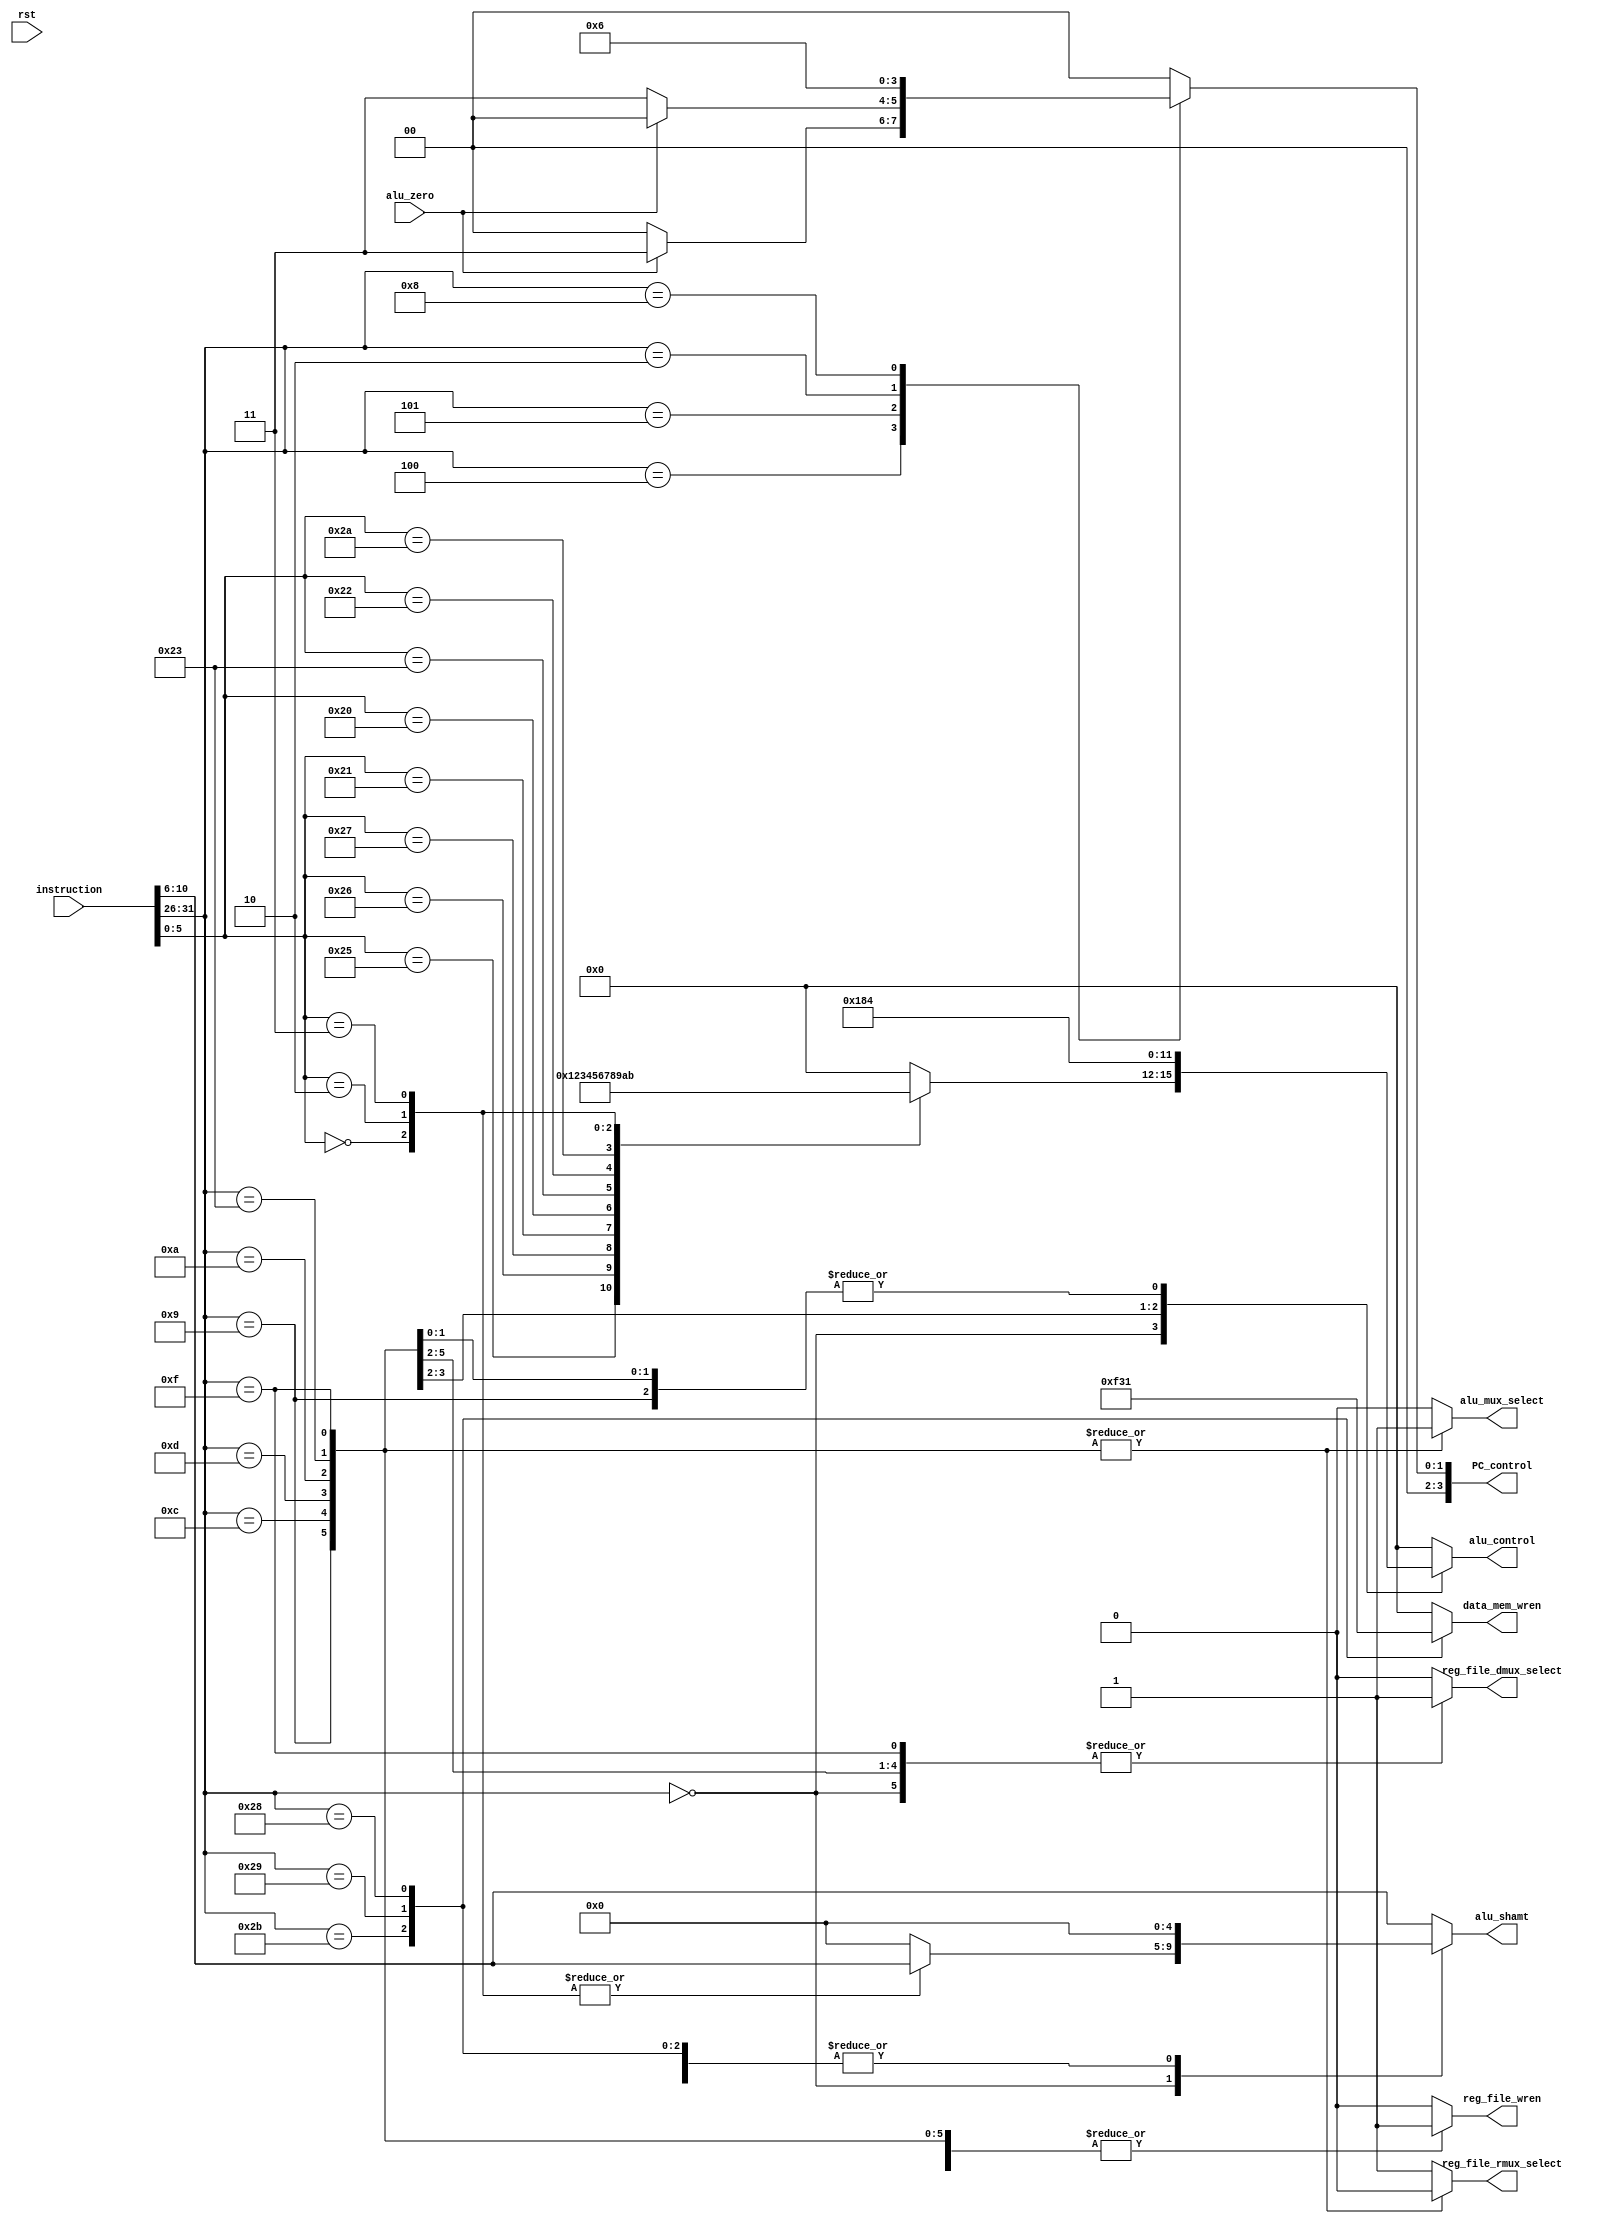
//////////////////////////////////////////////////////////////////////////////////////
//                                  Module Description                              //
// Module Name: Control Unit                                                        //
// The Control Unit takes the 32-bit instruction and generates the appropriate      //
// signal values to control the flow of data throughout the datapath.               //
//////////////////////////////////////////////////////////////////////////////////////
module ControlUnit (
  //-------------------------------Input Ports--------------------------------------//
  input    wire   [31:0]    instruction,
  input    wire             alu_zero,
  input    wire             rst,
  //-------------------------------Output Ports-------------------------------------//
  output   reg    [3:0]     PC_control,
  output   reg              reg_file_rmux_select,
  output   reg              reg_file_wren,
  output   reg              alu_mux_select,
  output   reg    [4:0]     alu_shamt,
  output   reg    [3:0]     alu_control,
  output   reg    [3:0]     data_mem_wren,
  output   reg              reg_file_dmux_select
  );
  
// Internal Connections
wire   [5:0]     Op_Code;
wire   [5:0]     Function;

// Constant Parameters 
localparam R_Type_Instructions = 6'b000000;
// Arithmetic
localparam ADD                          = 6'b100000;
localparam ADD_UNSIGNED                 = 6'b100001;
localparam SUBTRACT                     = 6'b100010;
localparam SUBTRACT_UNSIGNED            = 6'b100011;
localparam ADD_IMMEDIATE                = 6'b001000;
localparam ADD_IMMEDIATE_UNSIGNED       = 6'b001001;

// Logical
localparam AND                          = 6'b100100;
localparam AND_IMMEDIATE                = 6'b001100;
localparam OR                           = 6'b100101;
localparam OR_IMMEDIATE                 = 6'b001101;
localparam XOR                          = 6'b100110;
localparam NOR                          = 6'b100111;
localparam SET_ON_LESS_THAN             = 6'b101010;
localparam SET_ON_LESS_THAN_IMMEDIATE   = 6'b001010;

// Shift
localparam SHIFT_LEFT_LOGICAL           = 6'b000000;
localparam SHIFT_RIGHT_LOGICAL          = 6'b000010;
localparam SHIFT_RIGHT_ARITHMETIC       = 6'b000011;

// Conditional Branch
localparam BRANCH_ON_EQUAL              = 6'b000100;
localparam BRANCH_ON_NOT_EQUAL          = 6'b000101;

// Unconditional Jumps
localparam JUMP                         = 6'b000010;
localparam JUMP_REGISTER                = 6'b001000;

// Data Transfer
localparam LOAD_WORD                    = 6'b100011;
localparam LOAD_UPPER_IMMEDIATE         = 6'b001111;
localparam STORE_WORD                   = 6'b101011;
localparam STORE_HALF_WORD              = 6'b101001;
localparam STORE_BYTE                   = 6'b101000;

assign Op_Code   = instruction[31:26];
assign Function  = instruction[5:0];

// Combinational Logic
always @(*)
  begin
    reg_file_rmux_select = 1'b1;
    alu_mux_select       = 1'b0;
    alu_control          = 4'b0;
    alu_shamt            = 4'b0;
    data_mem_wren        = 4'b0;
    reg_file_dmux_select = 1'b0;
    reg_file_wren        = 1'b0;
    PC_control           = 4'b0;
    case (Op_Code)
     // R-type instructions ----------------------------------------------------------------------
     R_Type_Instructions : begin
                              reg_file_rmux_select = 1'b1;
                              reg_file_dmux_select = 1'b1;
                              reg_file_wren        = 1'b1;
                              case (Function)
                                (AND)                    : alu_control = 4'b0000;
                                (OR)                     : alu_control = 4'b0001;
                                (XOR)                    : alu_control = 4'b0010;
                                (NOR)                    : alu_control = 4'b0011;
                                (ADD_UNSIGNED)           : alu_control = 4'b0100;
                                (ADD)                    : alu_control = 4'b0101;
                                (SUBTRACT_UNSIGNED)      : alu_control = 4'b0110;
                                (SUBTRACT)               : alu_control = 4'b0111;
                                (SET_ON_LESS_THAN)       : alu_control = 4'b1000;
                                (SHIFT_LEFT_LOGICAL)     : begin
                                                            alu_control = 4'b1001;
                                                            alu_shamt   = instruction[10:6];
                                                           end
                                (SHIFT_RIGHT_LOGICAL)    : begin
                                                            alu_control = 4'b1010;
                                                            alu_shamt   = instruction[10:6];
                                                           end
                                (SHIFT_RIGHT_ARITHMETIC) : begin
                                                            alu_control = 4'b1011;
                                                            alu_shamt   = instruction[10:6];
                                                           end
                                default                  : alu_control = 4'b0000;
                              endcase 
                            end
     // J-type instructions ----------------------------------------------------------------------                 
     BRANCH_ON_EQUAL                                : begin
                                                        if (alu_zero)
                                                            PC_control  = 4'b0011;
                                                        else
                                                            PC_control  = 4'b0000;
                                                      end
     BRANCH_ON_NOT_EQUAL                            : begin
                                                        if (~alu_zero)
                                                            PC_control  = 4'b0011;
                                                        else
                                                            PC_control  = 4'b0000;
                                                      end                                             
     JUMP                                           : begin
                                                        PC_control  = 4'b0001;
                                                      end
     JUMP_REGISTER                                  : begin
                                                        PC_control  = 4'b0010;
                                                      end
     // I-type instructions ----------------------------------------------------------------------
     ADD_IMMEDIATE                                  : begin
                                                        alu_control          = 4'b0101;
                                                        reg_file_rmux_select = 1'b0;
                                                        alu_mux_select       = 1'b1;
                                                        reg_file_dmux_select = 1'b1;
                                                        reg_file_wren        = 1'b1;
                                                      end
     ADD_IMMEDIATE_UNSIGNED                         : begin
                                                        alu_control          = 4'b0100;
                                                        reg_file_rmux_select = 1'b0;
                                                        alu_mux_select       = 1'b1;
                                                        reg_file_dmux_select = 1'b1;
                                                        reg_file_wren        = 1'b1;
                                                      end
     AND_IMMEDIATE                                  : begin
                                                        alu_control          = 4'b0000;
                                                        reg_file_rmux_select = 1'b0;
                                                        alu_mux_select       = 1'b1;
                                                        reg_file_dmux_select = 1'b1;
                                                        reg_file_wren        = 1'b1;
                                                      end
     OR_IMMEDIATE                                   : begin
                                                        alu_control          = 4'b0001;
                                                        reg_file_rmux_select = 1'b0;
                                                        alu_mux_select       = 1'b1;
                                                        reg_file_dmux_select = 1'b1;
                                                        reg_file_wren        = 1'b1;
                                                      end                                                                                                  
   SET_ON_LESS_THAN_IMMEDIATE                       : begin
                                                        alu_control          = 4'b1000;
                                                        reg_file_rmux_select = 1'b0;
                                                        alu_mux_select       = 1'b1;
                                                        reg_file_dmux_select = 1'b1;
                                                        reg_file_wren        = 1'b1;
                                                      end                                                                                                  
    LOAD_WORD                                       : begin
                                                        alu_control          = 4'b0100;
                                                        reg_file_rmux_select = 1'b0;
                                                        alu_mux_select       = 1'b1;
                                                        reg_file_dmux_select = 1'b0;
                                                        reg_file_wren        = 1'b1;
                                                      end    
    LOAD_UPPER_IMMEDIATE                            : begin
                                                        alu_control          = 4'b0100;
                                                        reg_file_rmux_select = 1'b0;
                                                        alu_mux_select       = 1'b1;
                                                        reg_file_dmux_select = 1'b1;
                                                        reg_file_wren        = 1'b1;
                                                      end   
    STORE_WORD                                      : begin
                                                        reg_file_wren        = 1'b0;
                                                        data_mem_wren        = 4'b1111;
                                                      end
    STORE_HALF_WORD                                 : begin
                                                        reg_file_wren        = 1'b0;
                                                        data_mem_wren        = 4'b0011;
                                                      end                                                  
    STORE_BYTE                                      : begin
                                                        reg_file_wren        = 1'b0;
                                                        data_mem_wren        = 4'b0001;
                                                      end         
    default                                         : begin
                                                        reg_file_rmux_select = 1'b1;
                                                        alu_mux_select       = 1'b0;
                                                        alu_control          = 4'b0;
                                                        alu_shamt            = instruction[10:6];
                                                        data_mem_wren        = 4'b0;
                                                        reg_file_dmux_select = 1'b0;
                                                        reg_file_wren        = 1'b0;
                                                        PC_control           = 4'b0;
                                                      end                                        
  endcase
end 
endmodule